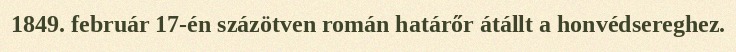
1849. február 17-én százötven román határőr átállt a honvédsereghez.